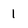
Character: 1